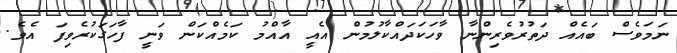
ނަމަވެސް ބައެއް ދަތުރުވެރިންނާ ވާހަކަދައްކާލުމުން އެއީ އާއްމު ކަމެއްކަން ވަނީ ފާހަގަކުރެވިފަ އެވެ.